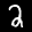
Label: 2